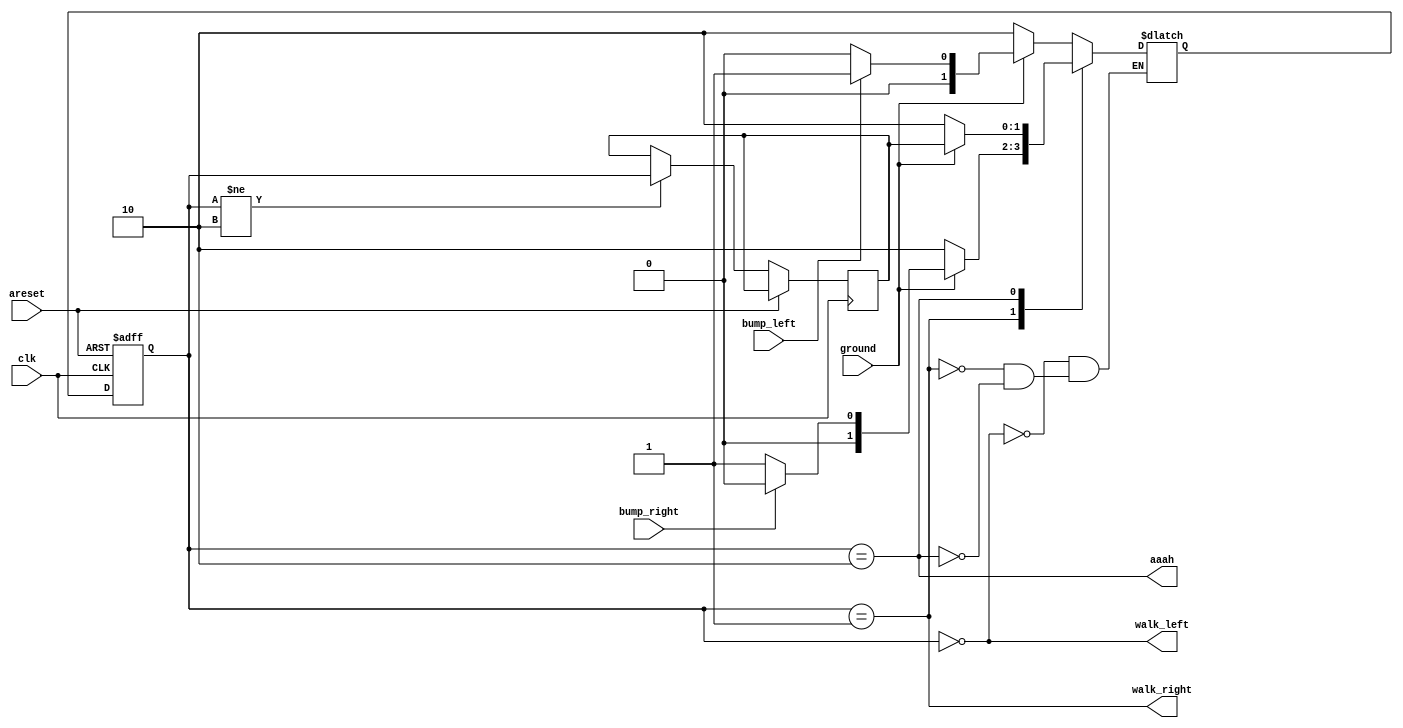
module top_module(
    input clk,
    input areset,    // Freshly brainwashed Lemmings walk left.
    input bump_left,
    input bump_right,
    input ground,
    output walk_left,
    output walk_right,
    output aaah ); 

    reg [1:0] state, next_state, last_state;
    
    parameter LEFT=0, RIGHT=1, FALL=2;
    
    always @(posedge clk or posedge areset) begin
        // State flip-flops with asynchronous reset
        if (areset) state <= LEFT;
        else begin 
            state <= next_state;
            if (state != FALL) last_state = state;
        end
    end
    
    always @(*) begin
        // State transition logic
        case (state)
            LEFT: begin
                if (ground) next_state = bump_left ? RIGHT : LEFT;
                else next_state = FALL;
            end
            RIGHT: begin
                if (ground) next_state = bump_right ? LEFT : RIGHT;
                else next_state = FALL;
            end
            FALL:  begin
                if (ground) next_state = last_state;
                else next_state = FALL;
            end
        endcase
    end
    
    // Output logic
    assign walk_left = (state == LEFT);
    assign walk_right = (state == RIGHT);
    assign aaah = (state == FALL);
endmodule